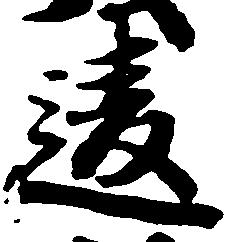
違